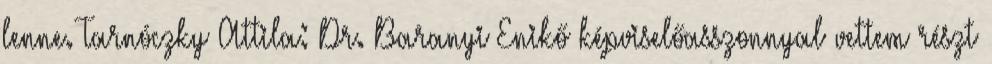
lenne. Tarnóczky Attila: Dr. Baranyi Enikő képviselőasszonnyal vettem részt